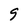
Character: 9